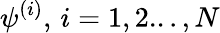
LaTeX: \psi^{(i)},\, i=1,2...,N